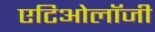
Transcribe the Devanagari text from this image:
एटिओलॉजी